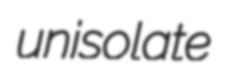
unisolate